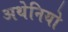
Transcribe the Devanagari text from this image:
अथेनियो